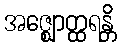
အဇ္ဈောတ္ထရန္တိ